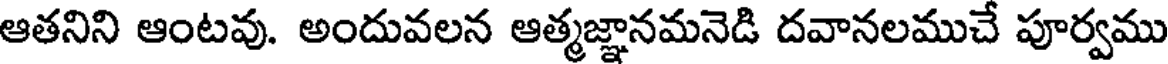
ఆతనిని ఆంటవు. అందువలన ఆత్మజ్ఞానమనెడి దవానలముచే పూర్వము